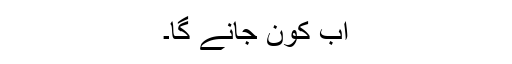
اب کون جانے گا۔